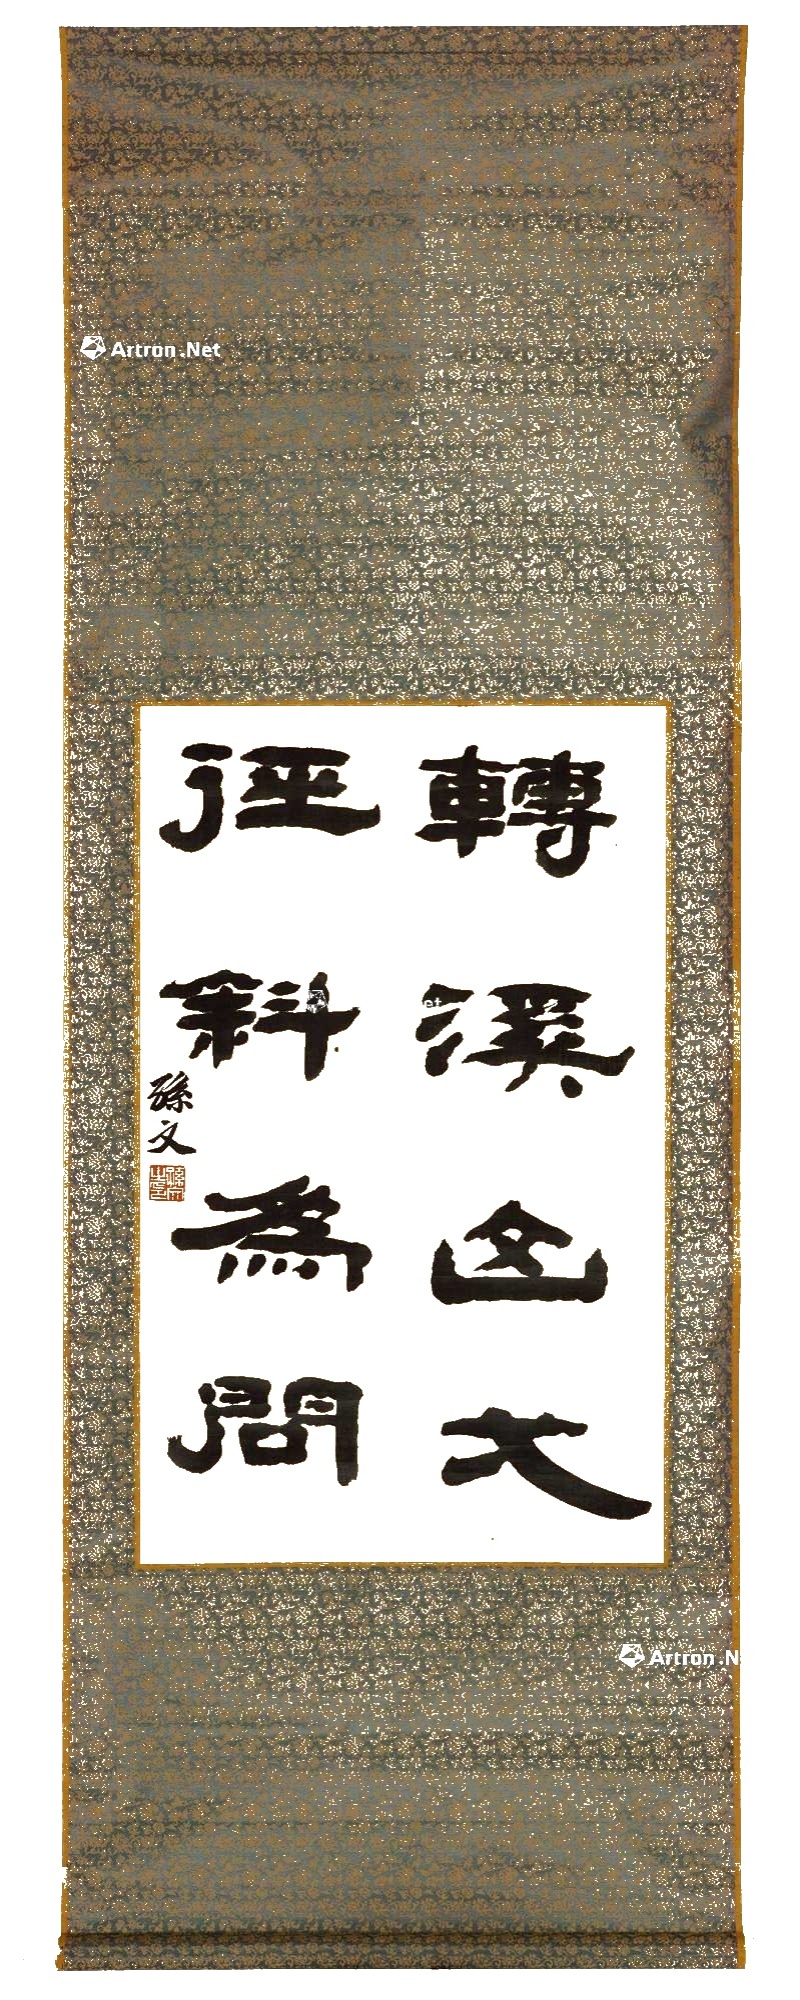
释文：转溪山一，径斜为问。孙文